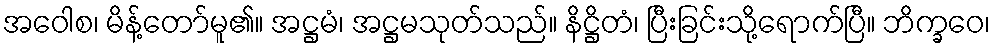
အဝေါစ၊ မိန့်တော်မူ၏။ အဋ္ဌမံ၊ အဋ္ဌမသုတ်သည်။ နိဋ္ဌိတံ၊ ပြီးခြင်းသို့ရောက်ပြီ။ ဘိက္ခဝေ၊